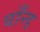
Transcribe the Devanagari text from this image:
बाँन्ड